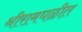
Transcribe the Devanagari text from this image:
श्रीरामघळीत